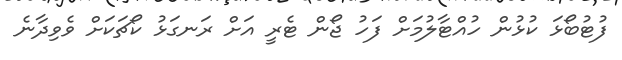
ފުޓުބޯޅަ ކުޅުން ހުއްޓާލުމަށް ފަހު ޖޯން ޓެރީ އަށް ރަނގަޅު ކޯޗަކަށް ވެވިދާނެ